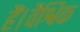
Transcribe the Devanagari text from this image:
हैं।वैश्विक